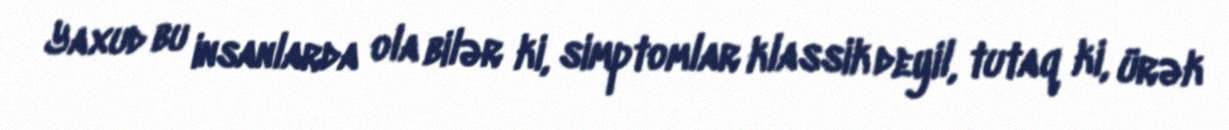
Yaxud bu insanlarda ola bilər ki, simptomlar klassik deyil, tutaq ki, ürək